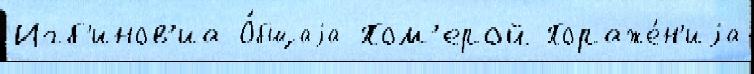
Игб'инов'иа О́бщаjа Пом'ерой Пораже́н'иjа